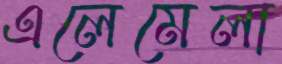
এলেমেলা